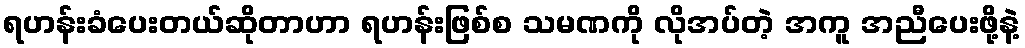
ရဟန်းခံပေးတယ်ဆိုတာဟာ ရဟန်းဖြစ်စ သမဏကို လိုအပ်တဲ့ အကူ အညီပေးဖို့နဲ့